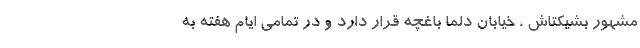
مشهور بشیکتاش ، خیابان دلما باغچه قرار دارد و در تمامی ایام هفته به